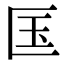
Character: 匤